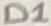
Text: D1